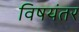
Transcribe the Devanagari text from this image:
विषयंतर